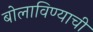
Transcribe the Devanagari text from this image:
बोलाविण्याची